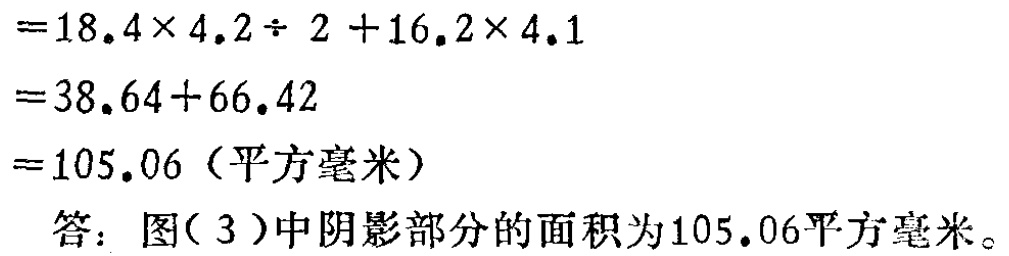
\[

\begin{align*}

&=18.4\times 4.2\div 2 + 16.2\times 4.1\\

&=38.64 + 66.42\\

&=105.06 \text{（平方毫米）}

\end{align*}

\]

答：图(3)中阴影部分的面积为105.06平方毫米。